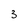
Character: 3